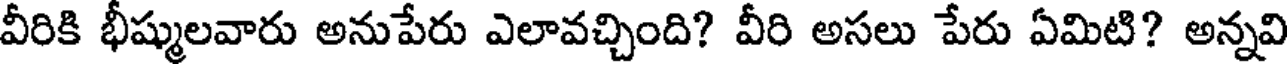
వీరికి భీష్ములవారు అనుపేరు ఎలావచ్చింది? వీరి అసలు పేరు ఏమిటి? అన్నవి